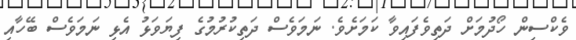
ވެކްސިން ހޯދުމަށް ދަތިވެފައިވާ ކަމަށެވެ. ނަމަވެސް ދަތިކުރުމުގެ ފިޔަވަޅު އެޅި ނަމަވެސް ބޭހާއި